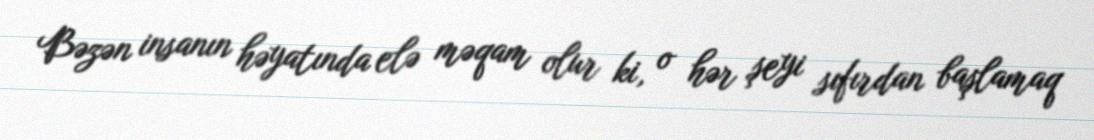
Bəzən insanın həyatında elə məqam olur ki, o hər şeyi sıfırdan başlamaq